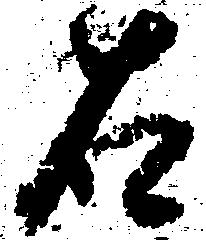
右